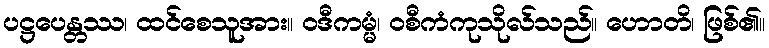
ပဋ္ဌပေန္တဿ၊ ထင်စေသူအား။ ဝဒီကမ္မံ၊ ဝစီကံကုသိုလ်သည်။ ဟောတိ၊ ဖြစ်၏။